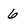
Character: 6